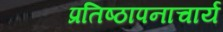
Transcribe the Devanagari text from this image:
प्रतिष्ठापनाचार्य